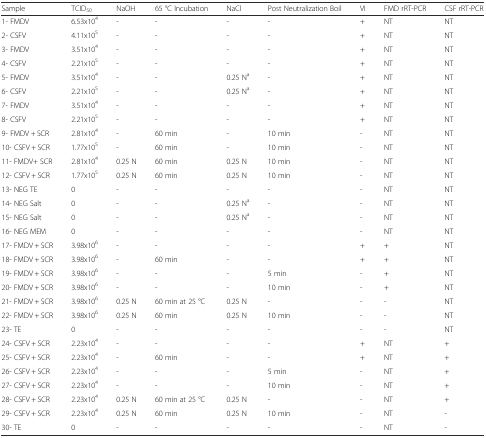
<table><thead><tr><td><b>Sample</b></td><td><b>TCID<sub>50</sub></b></td><td><b>NaOH</b></td><td><b>65 °C Incubation</b></td><td><b>NaCl</b></td><td><b>Post Neutralization Boil</b></td><td><b>VI</b></td><td><b>FMD rRT-PCR</b></td><td><b>CSF rRT-PCR</b></td></tr></thead><tbody><tr><td>1- FMDV</td><td>6.53x10<sup>4</sup></td><td>-</td><td>-</td><td>-</td><td>-</td><td>+</td><td>NT</td><td>NT</td></tr><tr><td>2- CSFV</td><td>4.11x10<sup>5</sup></td><td>-</td><td>-</td><td>-</td><td>-</td><td>+</td><td>NT</td><td>NT</td></tr><tr><td>3- FMDV</td><td>3.51x10<sup>4</sup></td><td>-</td><td>-</td><td>-</td><td>-</td><td>+</td><td>NT</td><td>NT</td></tr><tr><td>4- CSFV</td><td>2.21x10<sup>5</sup></td><td>-</td><td>-</td><td>-</td><td>-</td><td>+</td><td>NT</td><td>NT</td></tr><tr><td>5- FMDV</td><td>3.51x10<sup>4</sup></td><td>-</td><td>-</td><td>0.25 N<sup>a</sup></td><td>-</td><td>+</td><td>NT</td><td>NT</td></tr><tr><td>6- CSFV</td><td>2.21x10<sup>5</sup></td><td>-</td><td>-</td><td>0.25 N<sup>a</sup></td><td>-</td><td>+</td><td>NT</td><td>NT</td></tr><tr><td>7- FMDV</td><td>3.51x10<sup>4</sup></td><td>-</td><td>-</td><td>-</td><td>-</td><td>+</td><td>NT</td><td>NT</td></tr><tr><td>8- CSFV</td><td>2.21x10<sup>5</sup></td><td>-</td><td>-</td><td>-</td><td>-</td><td>+</td><td>NT</td><td>NT</td></tr><tr><td>9- FMDV + SCR</td><td>2.81x10<sup>4</sup></td><td>-</td><td>60 min</td><td>-</td><td>10 min</td><td>-</td><td>NT</td><td>NT</td></tr><tr><td>10- CSFV + SCR</td><td>1.77x10<sup>5</sup></td><td>-</td><td>60 min</td><td>-</td><td>10 min</td><td>-</td><td>NT</td><td>NT</td></tr><tr><td>11- FMDV+ SCR</td><td>2.81x10<sup>4</sup></td><td>0.25 N</td><td>60 min</td><td>0.25 N</td><td>10 min</td><td>-</td><td>NT</td><td>NT</td></tr><tr><td>12- CSFV + SCR</td><td>1.77x10<sup>5</sup></td><td>0.25 N</td><td>60 min</td><td>0.25 N</td><td>10 min</td><td>-</td><td>NT</td><td>NT</td></tr><tr><td>13- NEG TE</td><td>0</td><td>-</td><td>-</td><td>-</td><td>-</td><td>-</td><td>NT</td><td>NT</td></tr><tr><td>14- NEG Salt</td><td>0</td><td>-</td><td>-</td><td>0.25 N<sup>a</sup></td><td>-</td><td>-</td><td>NT</td><td>NT</td></tr><tr><td>15- NEG Salt</td><td>0</td><td>-</td><td>-</td><td>0.25 N<sup>a</sup></td><td>-</td><td>-</td><td>NT</td><td>NT</td></tr><tr><td>16- NEG MEM</td><td>0</td><td>-</td><td>-</td><td>-</td><td>-</td><td>-</td><td>NT</td><td>NT</td></tr><tr><td>17- FMDV + SCR</td><td>3.98x10<sup>6</sup></td><td>-</td><td>-</td><td>-</td><td>-</td><td>+</td><td>+</td><td>NT</td></tr><tr><td>18- FMDV + SCR</td><td>3.98x10<sup>6</sup></td><td>-</td><td>60 min</td><td>-</td><td>-</td><td>+</td><td>+</td><td>NT</td></tr><tr><td>19- FMDV + SCR</td><td>3.98x10<sup>6</sup></td><td>-</td><td>-</td><td>-</td><td>5 min</td><td>-</td><td>+</td><td>NT</td></tr><tr><td>20- FMDV + SCR</td><td>3.98x10<sup>6</sup></td><td>-</td><td>-</td><td>-</td><td>10 min</td><td>-</td><td>+</td><td>NT</td></tr><tr><td>21- FMDV + SCR</td><td>3.98x10<sup>6</sup></td><td>0.25 N</td><td>60 min at 25 °C</td><td>0.25 N</td><td>-</td><td>-</td><td>-</td><td>NT</td></tr><tr><td>22- FMDV + SCR</td><td>3.98x10<sup>6</sup></td><td>0.25 N</td><td>60 min</td><td>0.25 N</td><td>10 min</td><td>-</td><td>-</td><td>NT</td></tr><tr><td>23- TE</td><td>0</td><td>-</td><td>-</td><td>-</td><td>-</td><td>-</td><td>-</td><td>NT</td></tr><tr><td>24- CSFV + SCR</td><td>2.23x10<sup>4</sup></td><td>-</td><td>-</td><td>-</td><td>-</td><td>+</td><td>NT</td><td>+</td></tr><tr><td>25- CSFV + SCR</td><td>2.23x10<sup>4</sup></td><td>-</td><td>60 min</td><td>-</td><td>-</td><td>+</td><td>NT</td><td>+</td></tr><tr><td>26- CSFV + SCR</td><td>2.23x10<sup>4</sup></td><td>-</td><td>-</td><td>-</td><td>5 min</td><td>-</td><td>NT</td><td>+</td></tr><tr><td>27- CSFV + SCR</td><td>2.23x10<sup>4</sup></td><td>-</td><td>-</td><td>-</td><td>10 min</td><td>-</td><td>NT</td><td>+</td></tr><tr><td>28- CSFV + SCR</td><td>2.23x10<sup>4</sup></td><td>0.25 N</td><td>60 min at 25 °C</td><td>0.25 N</td><td>-</td><td>-</td><td>NT</td><td>+</td></tr><tr><td>29- CSFV + SCR</td><td>2.23x10<sup>4</sup></td><td>0.25 N</td><td>60 min</td><td>0.25 N</td><td>10 min</td><td>-</td><td>NT</td><td>-</td></tr><tr><td>30- TE</td><td>0</td><td>-</td><td>-</td><td>-</td><td>-</td><td>-</td><td>NT</td><td>-</td></tr></tbody></table>